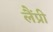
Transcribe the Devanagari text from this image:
लैंप्री